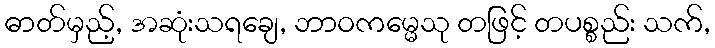
ဓာတ်မှည့်, အဆုံးသရချေ, ဘာဝကမ္မေသု တဖြင့် တပစ္စည်း သက်,